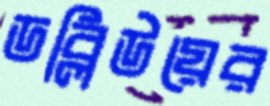
ডব্লিউয়ের